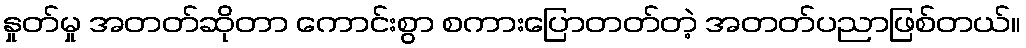
နှုတ်မှု အတတ်ဆိုတာ ကောင်းစွာ စကားပြောတတ်တဲ့ အတတ်ပညာဖြစ်တယ်။